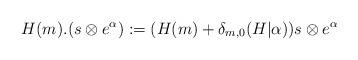
LaTeX: \begin{align*}H(m).(s\otimes e^{\alpha}):=(H(m)+\delta_{m,0}(H|\alpha))s\otimes e^{\alpha}\end{align*}